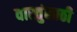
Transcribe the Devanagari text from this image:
वास्तुंसाठी